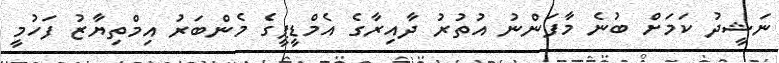
ނަޝީދު ކަމަށް ބުނެ މާފަންނު އުތުރު ދާއިރާގެ އެމްޑީޕީގެ މެންބަރު އިމްތިޔާޒު ފަހުމީ